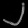
Digit: ၂